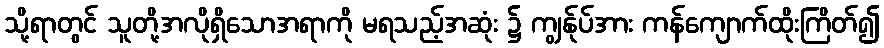
သို့ရာတွင် သူတို့အလိုရှိသောအရာကို မရသည့်အဆုံး ၌ ကျွန်ုပ်အား ကန်ကျောက်ထိုးကြိတ်၍